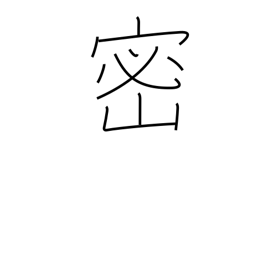
Meaning: density (pop)